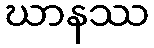
ဃာနဿ